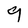
Character: 9